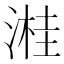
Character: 溎